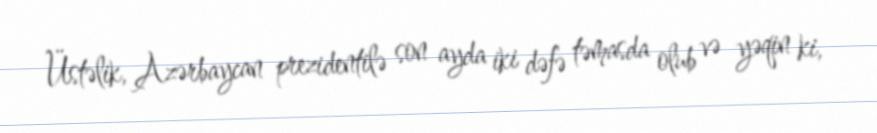
Üstəlik, Azərbaycan prezidentilə son ayda iki dəfə təmasda olub və yəqin ki,